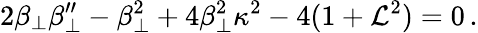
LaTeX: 2\beta_{\perp}\beta_{\perp}^{\prime\prime}-\beta_{\perp}^{2}+4\beta_{\perp}^{2}\kappa^{2}-4(1+\mathcal{L}^{2})=0\, .